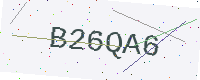
Text: B26QA6